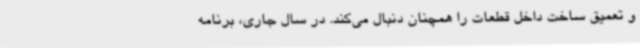
و تعمیق ساخت داخل قطعات را همچنان دنبال می‌کند. در سال جاری، برنامه